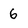
Character: 6